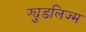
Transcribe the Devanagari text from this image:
फ्युडलिज्म